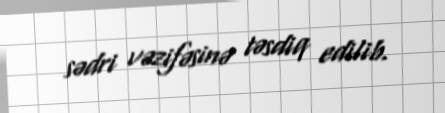
sədri vəzifəsinə təsdiq edilib.